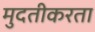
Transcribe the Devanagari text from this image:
मुदतीकरता